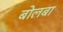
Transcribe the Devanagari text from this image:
बोलबा